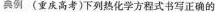
典例(重庆高考)下列热化学方程式书写正确的